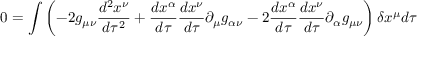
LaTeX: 0 = \int \left( - 2 g _ { \mu \nu } { \frac { d ^ { 2 } x ^ { \nu } } { d \tau ^ { 2 } } } + { \frac { d x ^ { \alpha } } { d \tau } } { \frac { d x ^ { \nu } } { d \tau } } \partial _ { \mu } g _ { \alpha \nu } - 2 { \frac { d x ^ { \alpha } } { d \tau } } { \frac { d x ^ { \nu } } { d \tau } } \partial _ { \alpha } g _ { \mu \nu } \right) \delta x ^ { \mu } d \tau